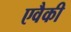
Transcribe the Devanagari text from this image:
एवैकी